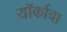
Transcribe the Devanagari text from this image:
यॉर्काचा